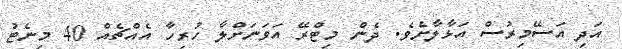
އަދި އަސޭމިރުސް އަޅާލާށެވެ. ދެން މިޓްރޭ އަވަނަށްލާ ހުރިހާ އެއްޗެއް 40 މިނެޓު